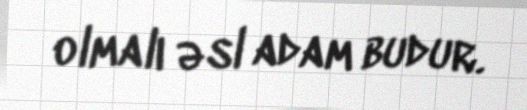
olmalı əsl adam budur.